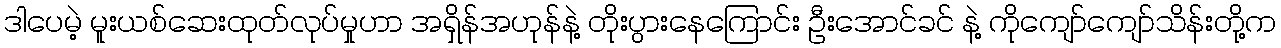
ဒါပေမဲ့ မူးယစ်ဆေးထုတ်လုပ်မှုဟာ အရှိန်အဟုန်နဲ့ တိုးပွားနေကြောင်း ဦးအောင်ခင် နဲ့ ကိုကျော်ကျော်သိန်းတို့က